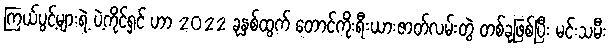
ကြယ်ပွင့်များရဲ့ ပဲ့ကိုင်ရှင် ဟာ 2022 ခုနှစ်ထွက် တောင်ကိုးရီးယားဇာတ်လမ်းတွဲ တစ်ခုဖြစ်ပြီး မင်းသမီး